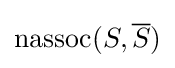
\operatorname {nassoc} (S,{\overline {S}})